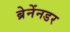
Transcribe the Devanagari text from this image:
ब्रेनेंनडर